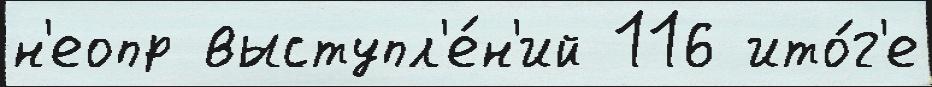
н'еопр выступл'е́н'ий 116 ито́г'е